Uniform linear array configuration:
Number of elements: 12
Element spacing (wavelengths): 0.25
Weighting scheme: uniform
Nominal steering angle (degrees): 0
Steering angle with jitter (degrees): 1.181
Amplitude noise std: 0.05
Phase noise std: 0.05

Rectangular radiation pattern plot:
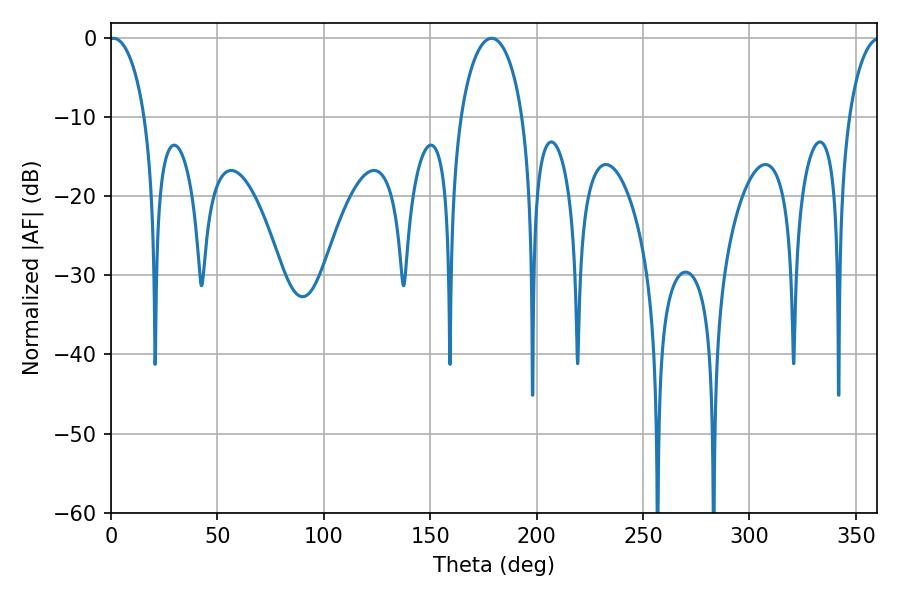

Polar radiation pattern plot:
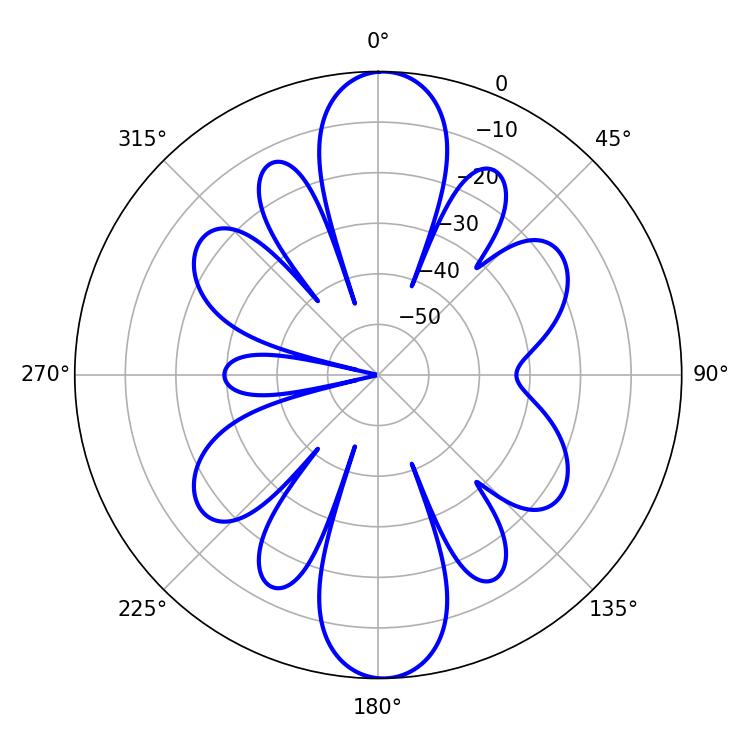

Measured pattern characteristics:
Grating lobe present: FALSE
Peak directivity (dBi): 21.809
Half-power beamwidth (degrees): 9.54
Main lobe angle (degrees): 1.08